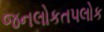
જનલોકતપલોક